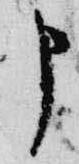
申